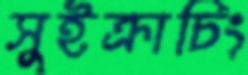
সুইক্রাচিং